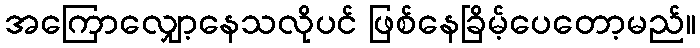
အကြောလျှော့နေသလိုပင် ဖြစ်နေခြိမ့်ပေတော့မည်။